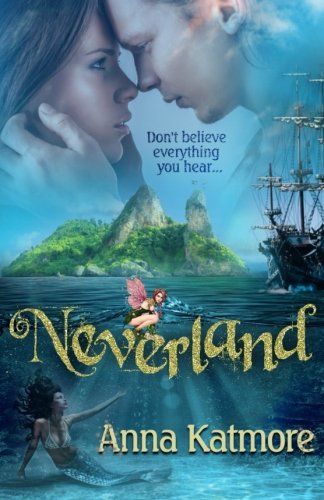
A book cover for Neverland: Adventures in Neverland 1; Anna Katmore; Romance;